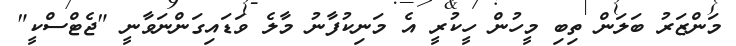
މަންޒަރު ބަލަން ތިބި މީހުން ހީކުރީ އެ މަނިކުފާނު މާލެ ވަޑައިގަންނަވާނީ "ޖެޓްސްކީ"